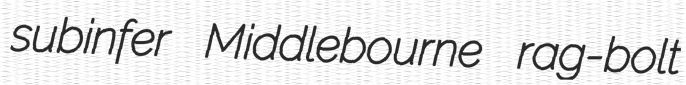
subinfer Middlebourne rag-bolt